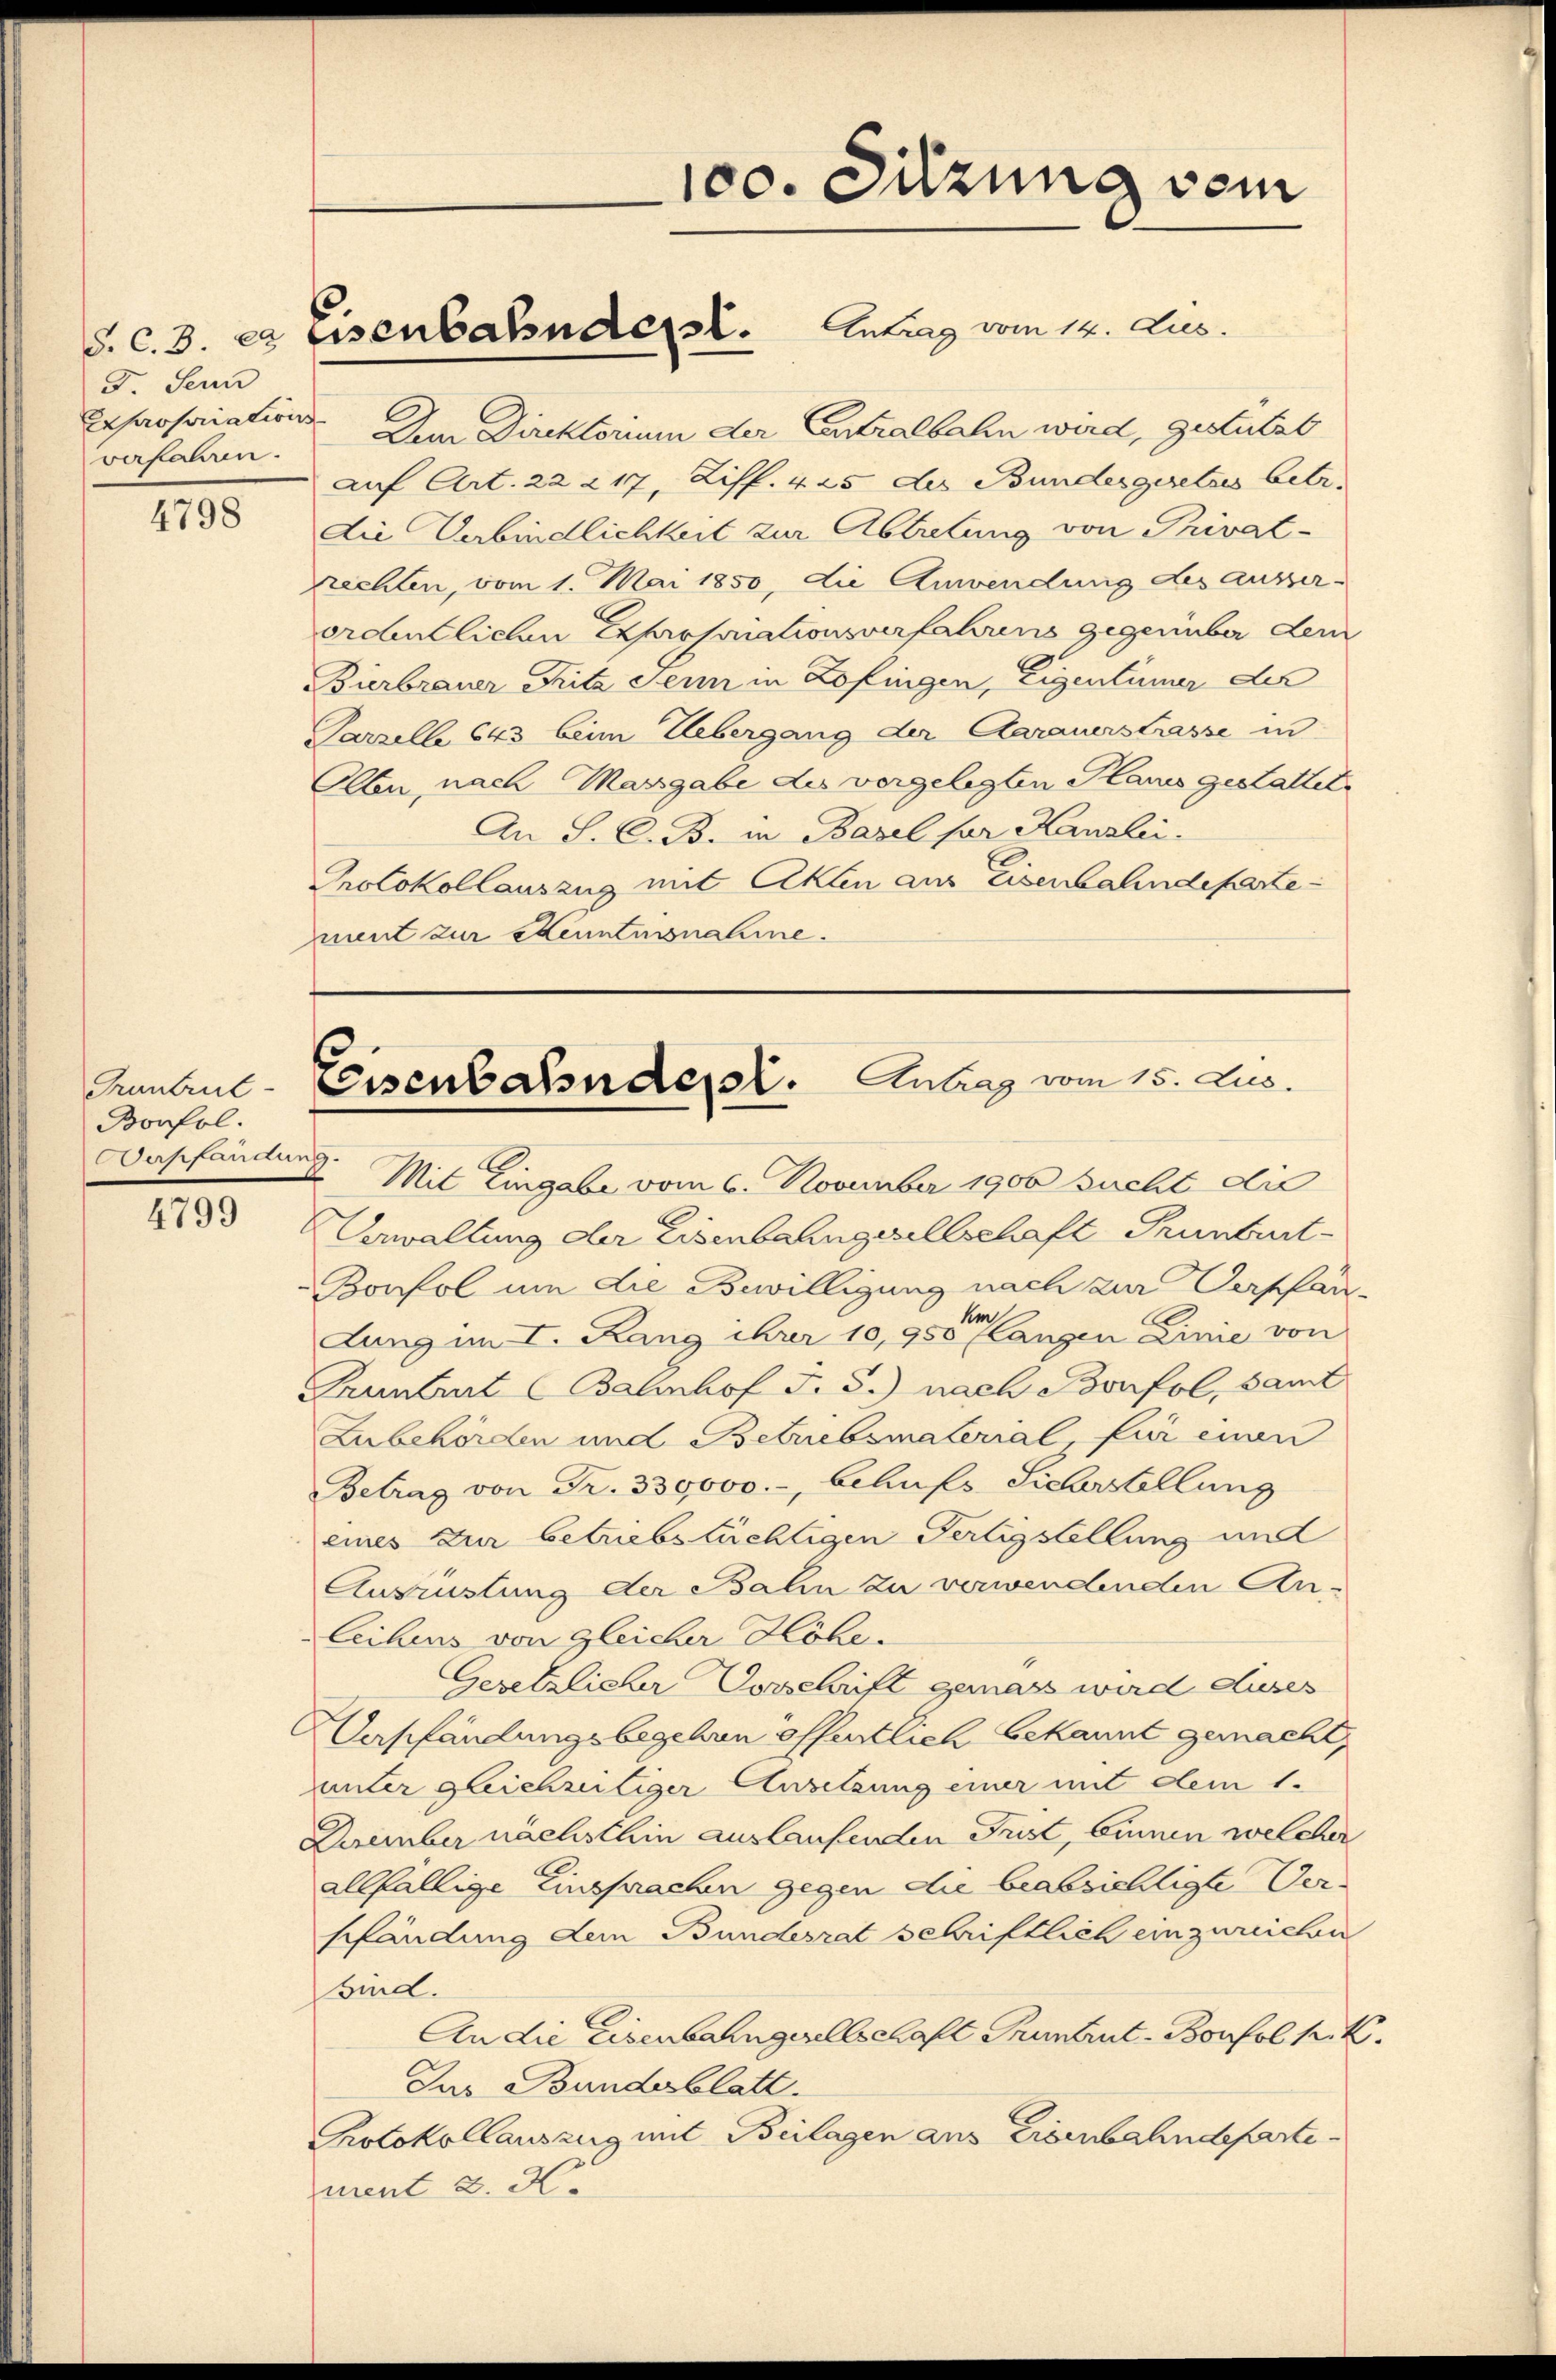
F. Senn
verfahren.

4798

Fruntrut-
Bonfol
Verpfändung

4799

Erharsaiation. Dem Direktorium der Centralbahn wird, gestützt
auf Art. 22 217, Ziff. 425 des Bundesgesetzes betr.
die Verbindlichkeit zur Abtretung von Privat-
rechten, vom 1. Mai 1850, die Anwendung des ausserordbutlichen Exproponationsverfahrens gegenüber dem
Bierbrauer Fritz sein in Zofingen, Eigentümer der
Parzelle 643 beim Uebergang der Aarauerstrasse in
Ellen, nach Massgabe des vorgelegten Planes gestattet
An S. C. B. in Basel für Kanzlei.
Protokollauszug mit Akten aus Eisenbahndepartement zur Kenntnisnahme.

S. c. 3. es Eisenbahnderst. Antrag vom 14. Jus

100. Sitzung vom

Teisenbahnder. Antrag vom 15. Jus.

f
Mit Eingabe vom 6. November 1900 sucht die
Verwaltung der Eisenbahngesellschaft Grunbart
Bonfol um die Bewilligung nach zur Verpfan-
dung im I. Rang ihrer 10,950 erlangen Linie von
Frunbaut Bahnhof J. J.) nach Bonfol, samt
Zubehörden und Betriebsmaterial, für einen
Betrag von Fr. 330000.-, Behufs Sicherstellung
eines zur betriebstüchtigen Fertigstellung und
Ausrüstung der Bahn zu verwendenden An-
leihens von gleicher Höhe.
e
Gesetzlicher Vorschrift genass wird auses
eschändungsbegeben öffentlich bekannt gemacht,
uunter gleichzeitiger Ansetzung einer mit dem 1.
Dezember nächsthin auslaufenden Frist, binnen welcher
allfällige Einsprachen gegen die beabsichtigte Verpfändung dem Bundesrat schriftlich einzureichen
sind.
An die Eisenbahngesellschaft Pruntrut-Borfol k. k.
Das Bundesblatt.
Protokollauszug mit Beilagen aus Eisenbahndeparte
ment 2. d.